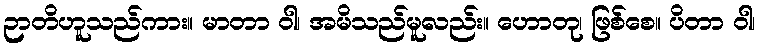
ဉာတိဟူသည်ကား။ မာတာ ဝါ၊ အမိသည်မူလည်း။ ဟောတု၊ ဖြစ်စေ။ ပိတာ ဝါ၊